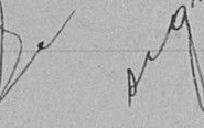
Signé : FAURAN